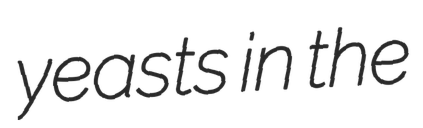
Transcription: yeasts in the